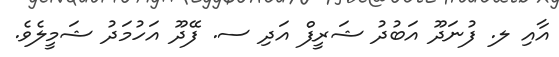
އާއި ލ. ފުނަދޫ އަބުދު ޝަރީފް އަދި ސ. ފޭދޫ އަހުމަދު ޝަމީލެވެ.